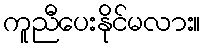
ကူညီပေးနိုင်မလား။